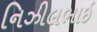
નિઝીલભાઇ